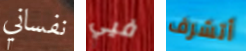
نفساني فيي أتشرف